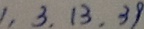
1 , 3 , 1 3 , 3 9